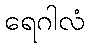
ရေဂါလံ